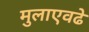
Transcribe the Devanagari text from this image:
मुलाएवढे